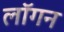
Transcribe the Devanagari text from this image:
लॉगन